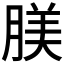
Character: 𦝺